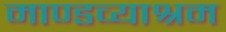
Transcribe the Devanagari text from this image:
माण्डव्याश्रम